Vaccination in Bombay 1863-1868 - 1863-1868
Year: 1863
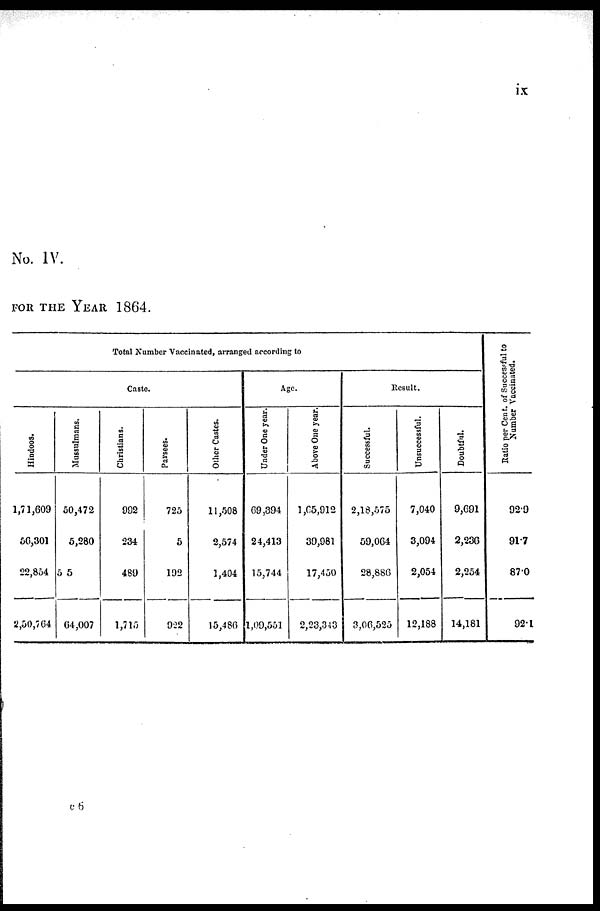
ix
No. IV.
FOR THE YEAR 1864.
Total Number Vaccinated, arranged according to
Caste.
Hindoos.
1,71,609
56,301
22,854
2,50,764
Mussulmans.
50,472
5,280
55
64,007
Christians.
992
234
469
1,715
Parsees.
725
5
192
922
Other Castes.
11,508
2,574
1,404
15,486
Age.
Under One year.
69,394
24,413
15,744
1,09,551
Above One year.
1,65,912
39,981
17,450
2,23,343
Result.
Successful.
2,18,575
59,064
28,886
3,06,525
Unsuccessful.
7,040
3,094
2,054
12,188
Doubtful.
9,691
2,236
2,254
14,181
Ratio per Cent. of Successful to
Number Vaccinated.
92.9
91.7
87.0
92.1
v 6